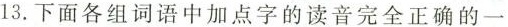
13.下面各组词语中加点字的读音完全正确的一